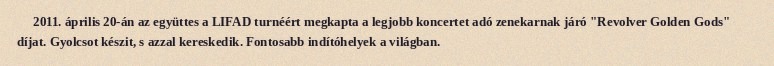
2011. április 20-án az együttes a LIFAD turnéért megkapta a legjobb koncertet adó zenekarnak járó "Revolver Golden Gods" díjat. Gyolcsot készit, s azzal kereskedik. Fontosabb indítóhelyek a világban.